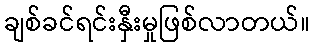
ချစ်ခင်ရင်းနှီးမှုဖြစ်လာတယ်။